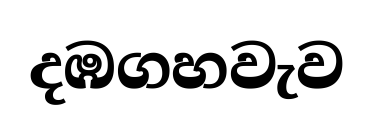
දඹගහවැව